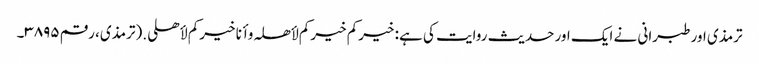
ترمذی اور طبرانی نے ایک اور حدیث روایت کی ہے: خیرکم خیرکم لأھلہ وأنا خیرکم لأھلی.(ترمذی، رقم ۳۸۹۵۔